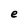
Character: e